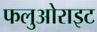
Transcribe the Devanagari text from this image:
फलुओराइट